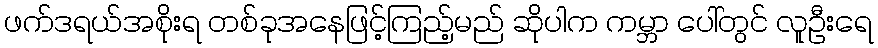
ဖက်ဒရယ်အစိုးရ တစ်ခုအနေဖြင့်ကြည့်မည် ဆိုပါက ကမ္ဘာ ပေါ်တွင် လူဦးရေ